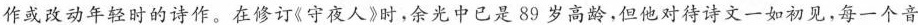
作或改动年轻时的诗作。在修订《守夜人时，余光中已是89岁高龄，但他对待诗文一如初见，每一个音